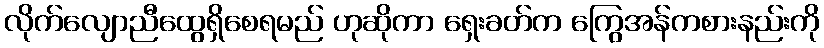
လိုက်လျောညီထွေရှိစေရမည် ဟုဆိုကာ ရှေးခတ်က ကြွေအန်ကစားနည်းကို